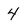
Character: 4